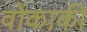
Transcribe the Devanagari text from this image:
वोंकाकी